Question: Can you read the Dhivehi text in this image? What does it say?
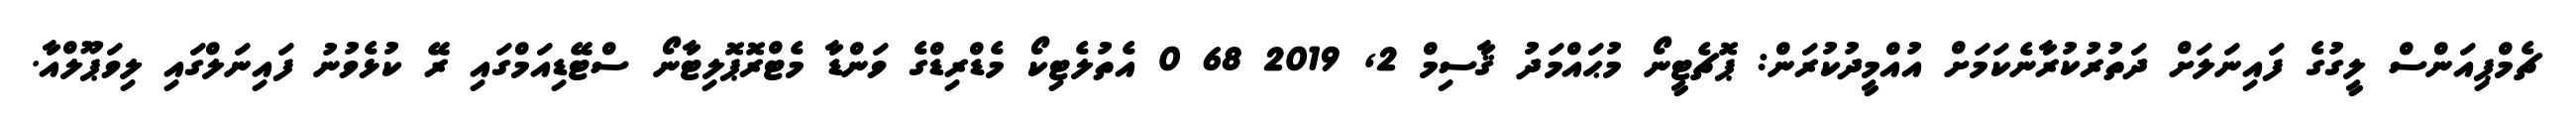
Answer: ޗެމްޕިއަންސް ލީގުގެ ފައިނަލަށް ދަތުރުކުރާނެކަމަށް އުއްމީދުކުރަން: ޕޮޗެޓީނޯ މުޙައްމަދު ޤާސިމް 2, 2019 68 0 އެތުލެޓިކޯ މެޑްރިޑްގެ ވަންޑާ މެޓްރޮޕޮލިޓާނޯ ސްޓޭޑިއަމްގައި ރޭ ކުޅެވުނު ފައިނަލްގައި ލިވަޕޫލްއާ.